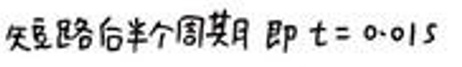
交变电流后半个周期即\(t = 0.01s\)